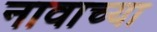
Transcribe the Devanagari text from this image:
नावाच्‍या